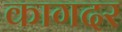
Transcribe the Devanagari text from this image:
कागदर